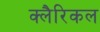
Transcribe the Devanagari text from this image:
क्लैरिकल